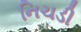
નિચડી